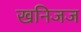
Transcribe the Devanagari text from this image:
खनिजज